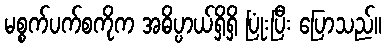
မစ္စက်ပက်စကိုက အဓိပ္ပာယ်ရှိရှိ ပြုံးပြီး ပြောသည်။